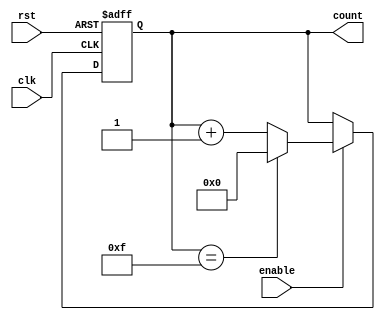
module RingCounter (
    input wire clk,
    input wire rst,
    input wire enable,
    output reg [N-1:0] count
);

parameter N = 4; // Number of bits for the ring counter

always @(posedge clk or posedge rst)
begin
    if (rst) begin
        count <= 0;
    end else if (enable) begin
        if (count == (2**N)-1) begin
            count <= 0;
        end else begin
            count <= count + 1;
        end
    end
end

endmodule